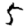
Digit: 5